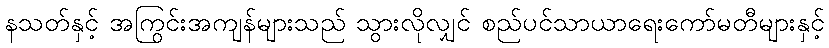
နသတ်နှင့် အကြွင်းအကျန်များသည် သွားလိုလျှင် စည်ပင်သာယာရေးကော်မတီများနှင့်